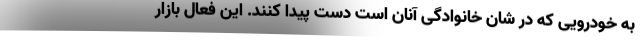
به خودرویی که در شان خانوادگی آنان است دست پیدا کنند. این فعال بازار